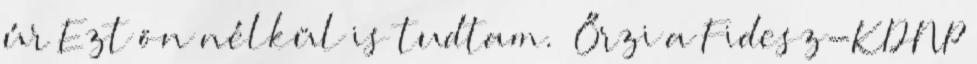
úr Ezt ön nélkül is tudtam.” Őrzi a Fidesz-KDNP